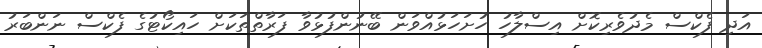
އަދި ފެކްސް މެދުވެރިކޮށް އިސްލާހު ހުށަހަޅުއްވަން ބޭނުންފުޅުވާ ފަރާތްތަކަށް ހައިކޯޓުގެ ފެކްސް ނަންބަރު